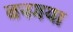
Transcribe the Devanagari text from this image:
बनगया